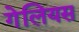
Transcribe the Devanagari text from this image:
गेलियस